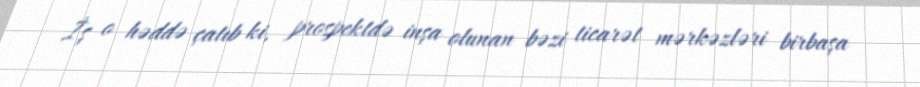
İş o həddə çatıb ki, prospektdə inşa olunan bəzi ticarət mərkəzləri birbaşa